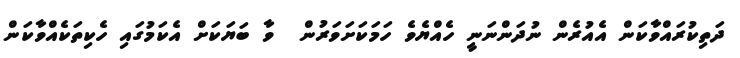
ދަތިކުރައްވާކަން އެއުރެން ނުދަންނަނީ ހެއްޔެވެ ހަމަކަށަވަރުން  ވާ ބަޔަކަށް އެކަމުގައި ހެކިތަކެއްވާކަން